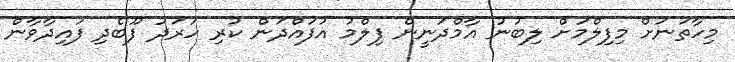
މިހާތަނަށް މިފިލްމަށް ލިބުނު އާމްދަނީން ފިލްމު އުފައްދަން ކުރި ހަރަދު ފޫބެދި ފައިދާވާން